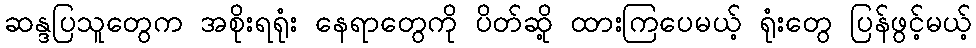
ဆန္ဒပြသူတွေက အစိုးရရုံး နေရာတွေကို ပိတ်ဆို့ ထားကြပေမယ့် ရုံးတွေ ပြန်ဖွင့်မယ့်